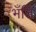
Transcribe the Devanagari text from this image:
भँति